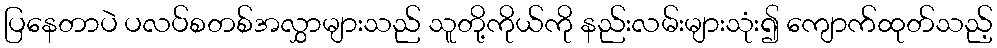
ပြနေတာပဲ ပလပ်စတစ်အလွှာများသည် သူတို့ကိုယ်ကို နည်းလမ်းများသုံး၍ ကျောက်ထုတ်သည့်